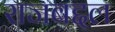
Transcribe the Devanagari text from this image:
राजबद्दल